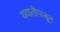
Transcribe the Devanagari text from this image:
ययातीपासून